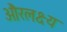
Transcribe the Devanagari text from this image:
औरलक्ष्य